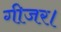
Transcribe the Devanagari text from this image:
गीजर।